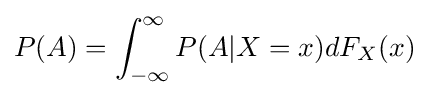
P(A)=\int _{-\infty }^{\infty }P(A|X=x)dF_{X}(x)